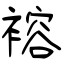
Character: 褣